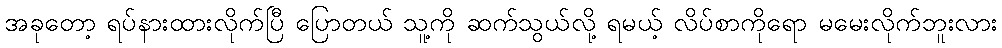
အခုတော့ ရပ်နားထားလိုက်ပြီ ပြောတယ် သူ့ကို ဆက်သွယ်လို့ ရမယ့် လိပ်စာကိုရော မမေးလိုက်ဘူးလား